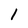
Character: l